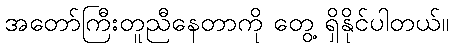
အတော်ကြီးတူညီနေတာကို တွေ့ ရှိနိုင်ပါတယ်။